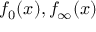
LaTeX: f _ { 0 } ( x ) , f _ { \infty } ( x )